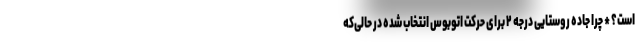
است؟ * چرا جاده روستایی درجه ۲ برای حرکت اتوبوس انتخاب شده در حالی‌که